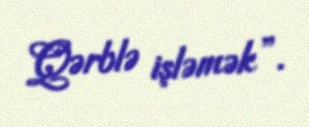
Qərblə işləmək”.